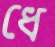
ধে